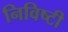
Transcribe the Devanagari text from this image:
निविष्टी